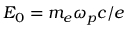
E _ { 0 } = m _ { e } \omega _ { p } c / e